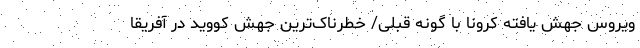
ویروس جهش یافته کرونا با گونه قبلی/ خطرناک‌ترین جهش کووید در آفریقا